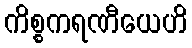
ကိစ္စကရဏီယေဟိ